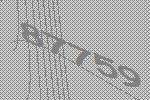
87759